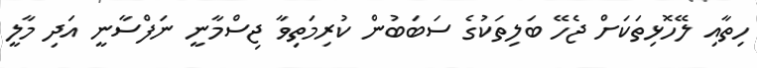
ހިތާއި ލޭހޮޅިތަކަށް ޖެހޭ ބަލިތަކުގެ ސަބަބުން ކުރިމަތިވާ ޖިސްމާނީ ނަފްސާނީ އަދި މާލީ